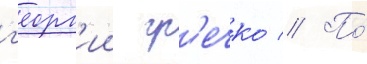
г'еорг'ии гр'ечко // По́